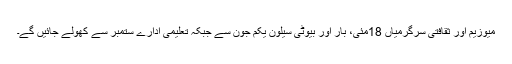
میوزیم اور ثقافتی سرگرمیاں 18مئی، بار اور بیوٹی سیلون یکم جون سے جبکہ تعلیمی ادارے ستمبر سے کھولے جائیں گے۔